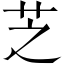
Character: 芝